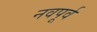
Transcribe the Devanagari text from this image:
नवपूर्व